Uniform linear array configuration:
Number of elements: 32
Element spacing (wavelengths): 0.75
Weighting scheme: cosine
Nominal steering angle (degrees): -60
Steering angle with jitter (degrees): -61.61
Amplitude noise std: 0.05
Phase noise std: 0.05

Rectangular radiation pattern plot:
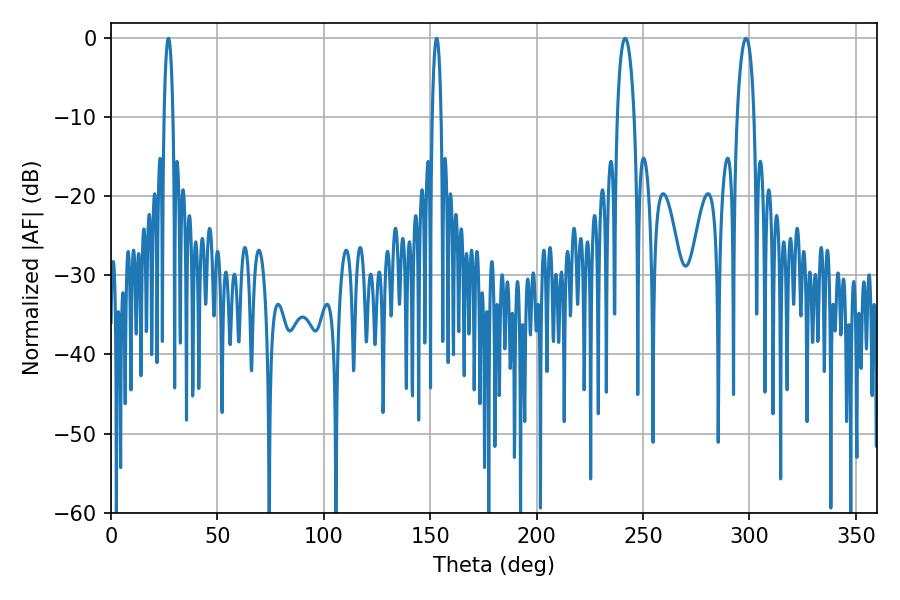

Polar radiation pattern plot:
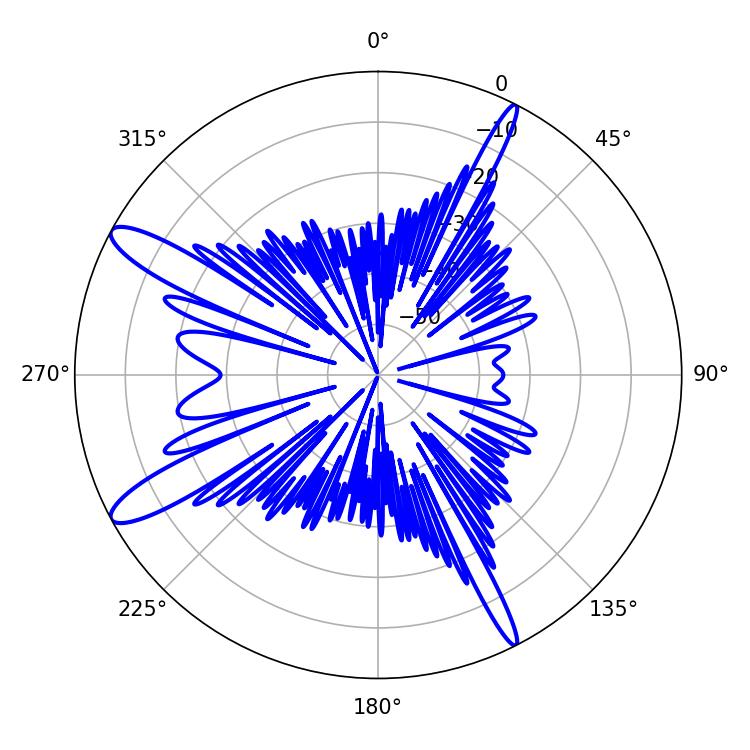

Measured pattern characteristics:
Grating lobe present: TRUE
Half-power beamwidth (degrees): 2.16
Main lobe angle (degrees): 27